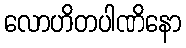
လောဟိတပါဏိနော